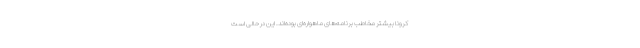
کرونا بیشتر مخاطب برنامه­‌های ماهواره­ای بوده­‌اند. این در حالی است